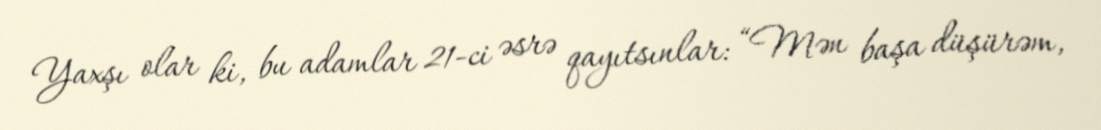
Yaxşı olar ki, bu adamlar 21-ci əsrə qayıtsınlar: “Mən başa düşürəm,